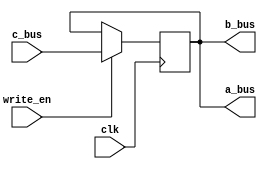
module reg_b(a_bus,b_bus,c_bus,write_en,clk);
	input clk;
	input write_en;//0 bit:a_bus 1 bit:b_bus 2 bit:c_bus
	input [15:0] c_bus;
	output [15:0] a_bus,b_bus;
	reg [15:0] memory=2;
	
	always @(posedge clk)
		begin
			if(write_en)
				memory=c_bus;
				$display("reg_b memory= %1d",memory);
		end
		
	assign a_bus=memory;
	assign b_bus=memory;
endmodule